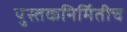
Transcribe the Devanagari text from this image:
पुस्तकनिर्मितीच